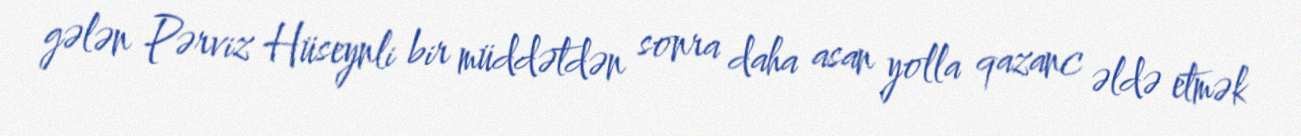
gələn Pərviz Hüseynli bir müddətdən sonra daha asan yolla qazanc əldə etmək